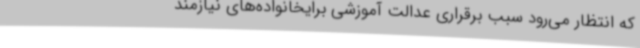
که انتظار می‌رود سبب برقراری عدالت آموزشی برایخانواده‌های نیازمند